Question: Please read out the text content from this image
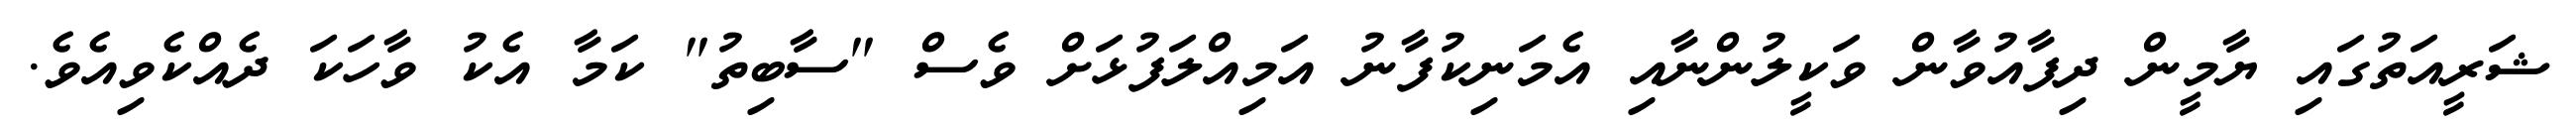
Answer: ޝަރީއަތުގައި ޔާމީން ދިފާއުވާން ވަކީލުންނާއި އެމަނިކުފާނު އަމިއްލަފުޅަށް ވެސް "ސާބިތު" ކަމާ އެކު ވާހަކަ ދެއްކެވިއެވެ.